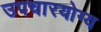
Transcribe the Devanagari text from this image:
उपचारयोग्य